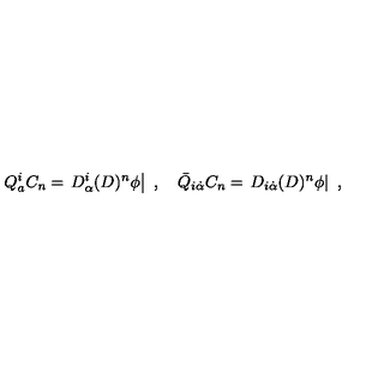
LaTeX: Q _ { a } ^ { i } C _ { n } = \left. D _ { \alpha } ^ { i } ( D ) ^ { n } { \phi } \right| \ , \quad { \bar { Q } } _ { i { \dot { \alpha } } } C _ { n } = \left. D _ { i { \dot { \alpha } } } ( D ) ^ { n } { \phi } \right| \ ,